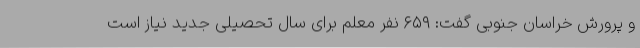
و پرورش خراسان جنوبی گفت: ۶۵۹ نفر معلم برای سال تحصیلی جدید نیاز است